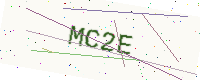
Text: MC2E